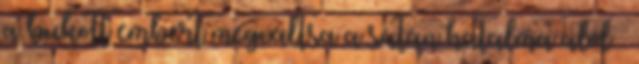
a bukott embert megváltsa a sátán hatalma alól –